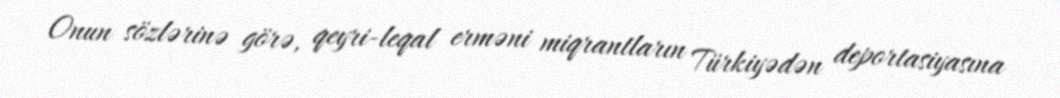
Onun sözlərinə görə, qeyri-leqal erməni miqrantların Türkiyədən deportasiyasına